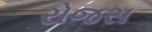
રોજસ